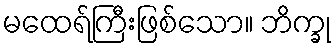
မထေရ်ကြီးဖြစ်သော။ ဘိက္ခု